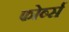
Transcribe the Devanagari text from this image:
फोर्ब्स